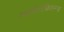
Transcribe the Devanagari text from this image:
स्क्लीरोफिल्लस